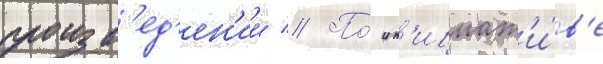
произв'ед'ен'ии // По́ ин'ициат'и́в'е